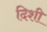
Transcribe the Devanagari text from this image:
दिशी